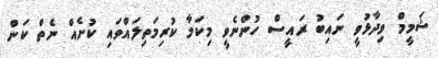
ޝަމީމް ވިދާޅުވީ ނައިބު ރައީސް ހުންނެވީ މިކަމާ ކުރިމަތިލައްވައި ކުށެއް ނެތް ކަން